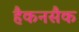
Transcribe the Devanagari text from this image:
हैकनसैक